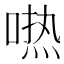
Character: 𱓰